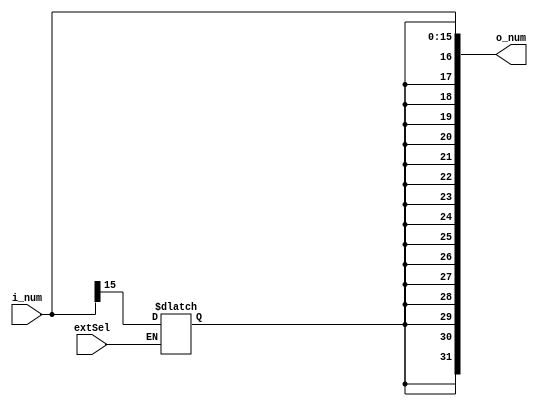
module signExtend(i_num, extSel, o_num);
  input wire[15:0] i_num;
  input wire extSel;
  output reg[31:0] o_num;
  initial begin
    o_num = 0;
  end
  always @(i_num or extSel) begin
    if (extSel) begin
      o_num <= {{16{i_num[15]}}, i_num[15:0]};
    end
    else begin
        o_num[15:0]<=i_num[15:0];
    end
  end
endmodule